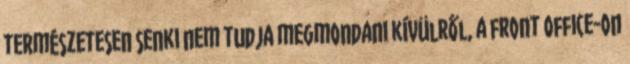
természetesen senki nem tudja megmondani kívülről, a front office-on